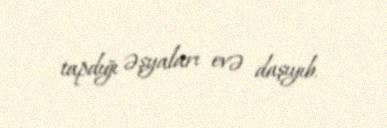
tapdığı əşyaları evə daşıyıb.